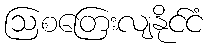
ဩစတြေးလျနိုင်ငံ